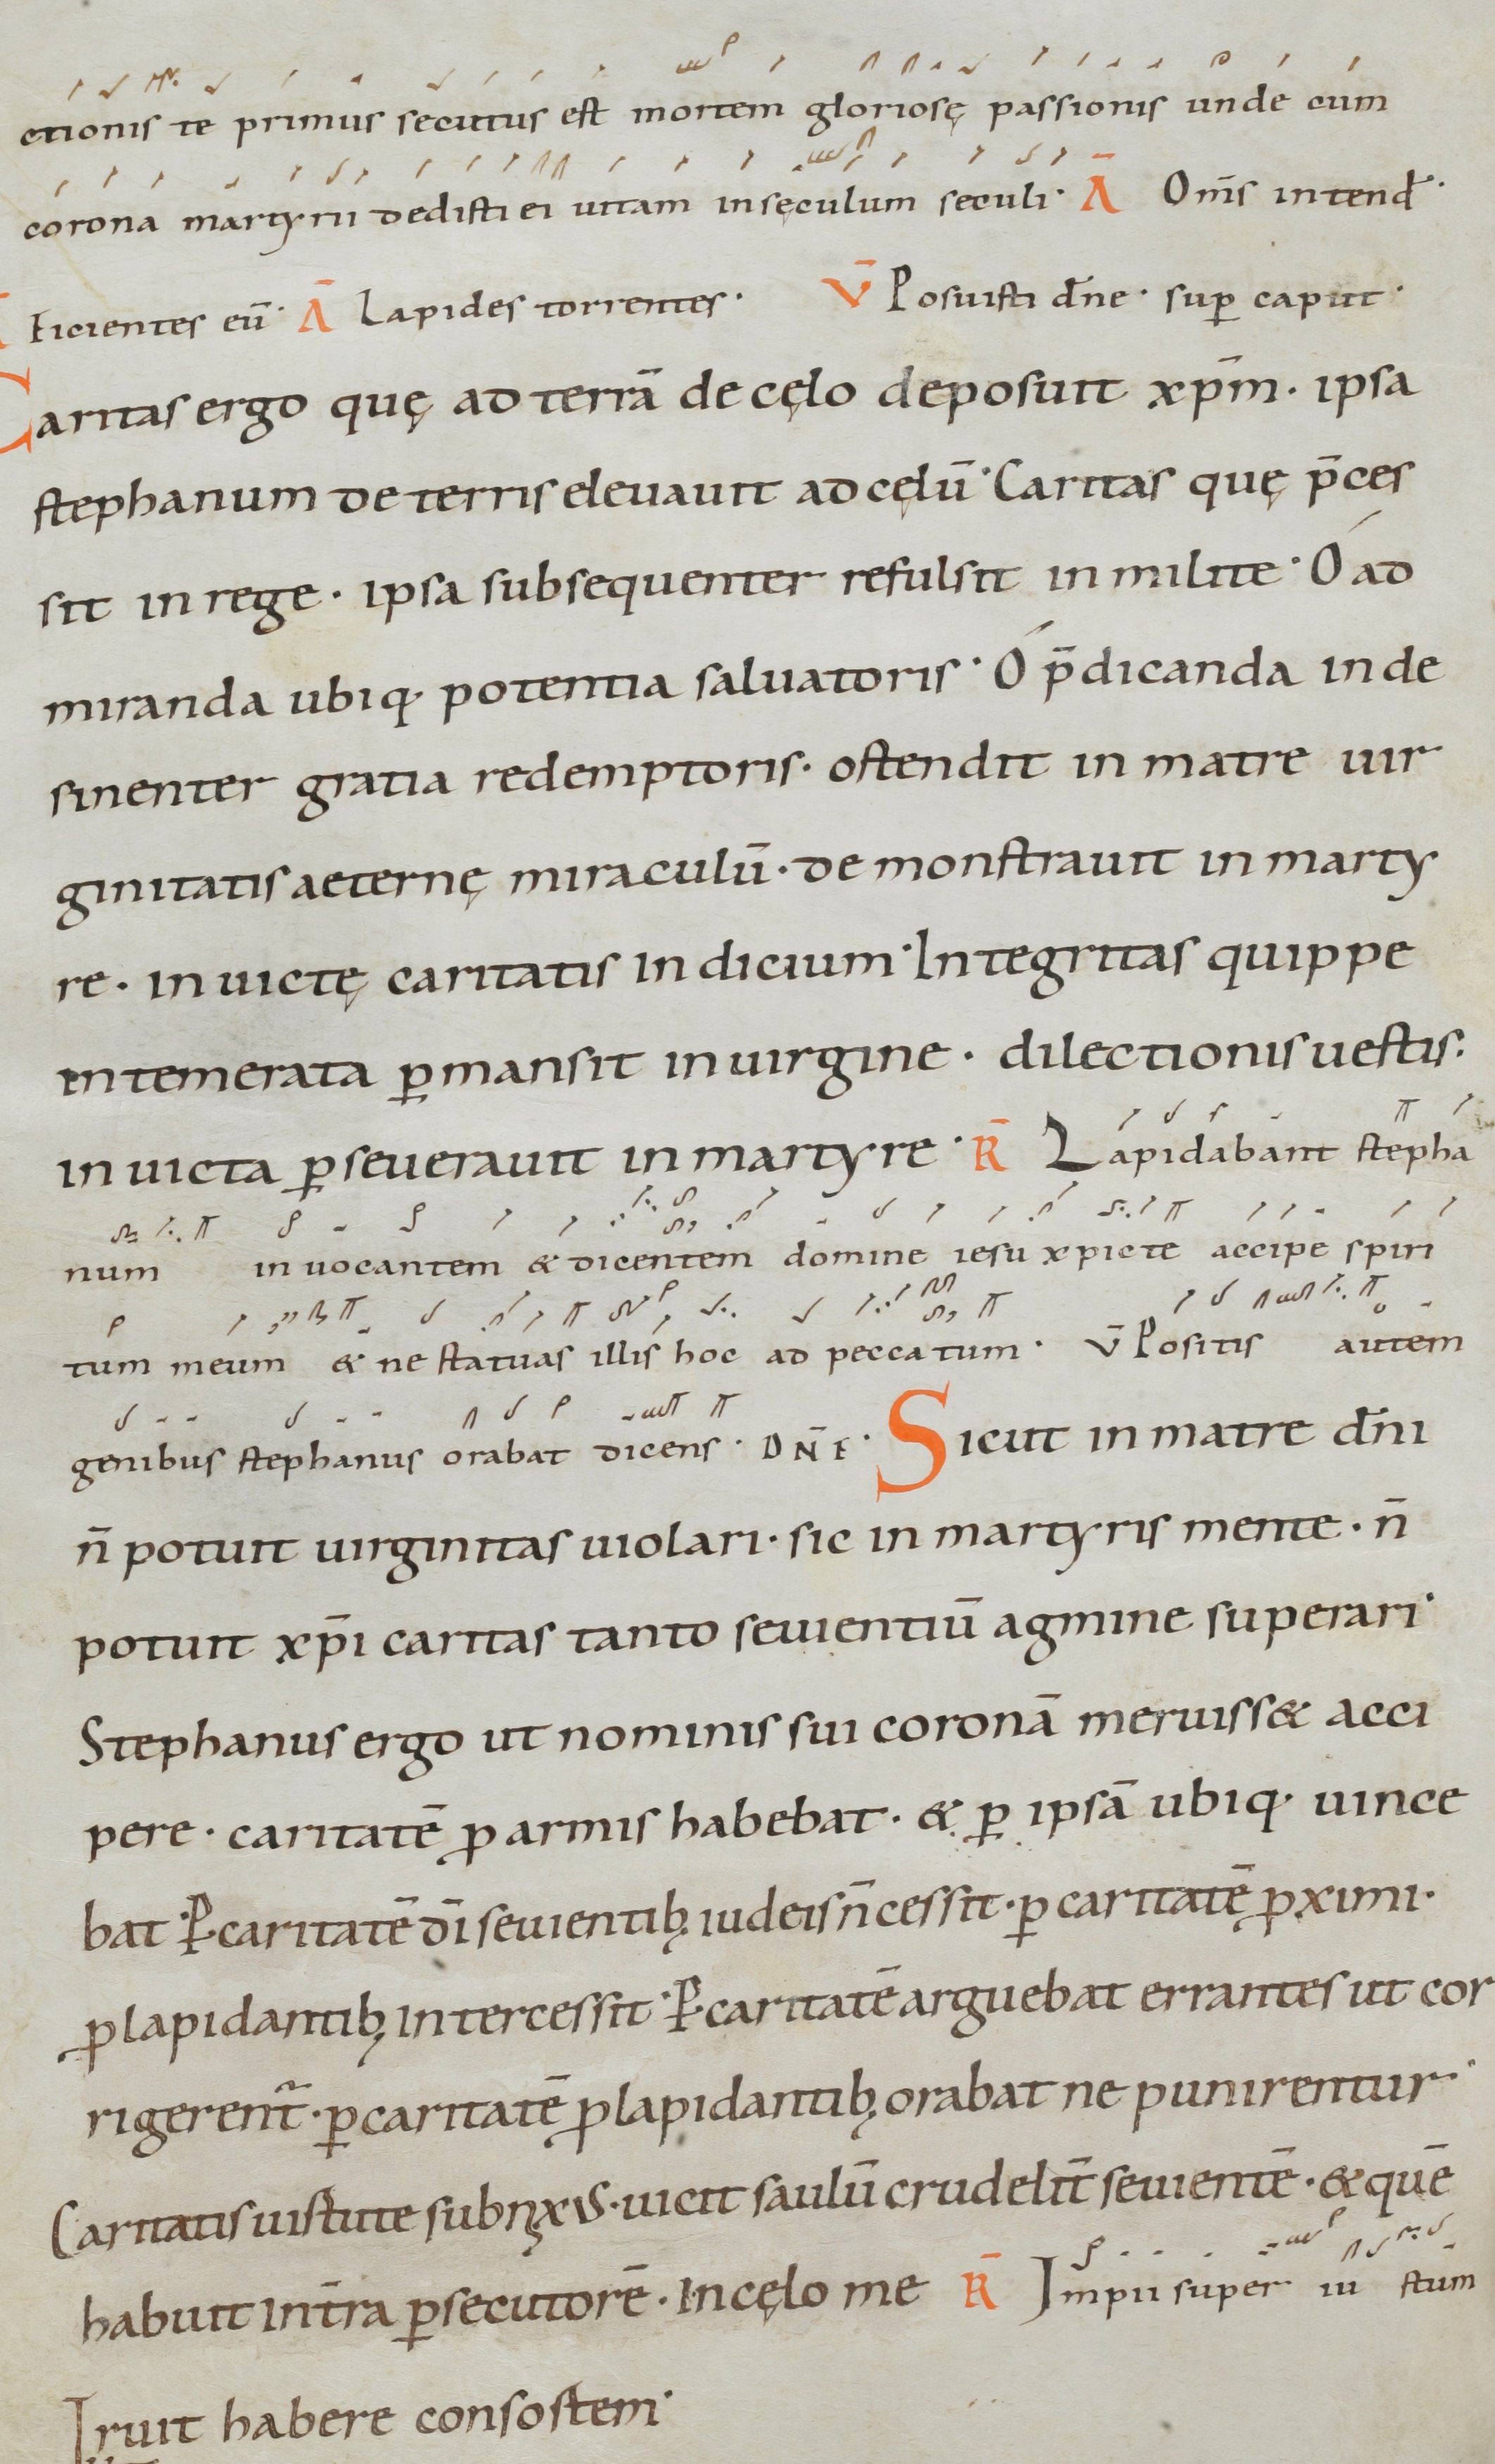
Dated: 1000–1099